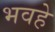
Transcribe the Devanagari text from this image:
भवहे